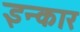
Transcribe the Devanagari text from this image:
इन्‍कार